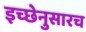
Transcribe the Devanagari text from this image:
इच्छेनुसारच